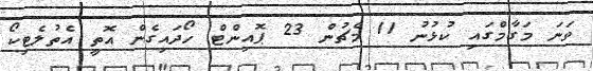
ވަނަ މަގާމްގައި ކުޅުނު 11 މެޗުން 23 ޕޮއިންޓް ހޯދައިގެން އޮތީ އެތުލެޓިކޯ